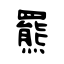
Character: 羆